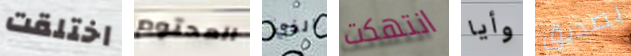
اختلقت المحتوم الذي انتهكت وأيا بصديق